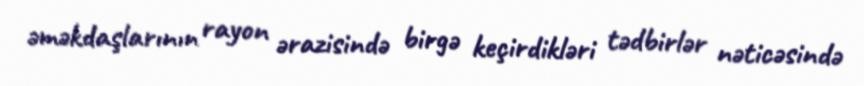
əməkdaşlarının rayon ərazisində birgə keçirdikləri tədbirlər nəticəsində